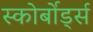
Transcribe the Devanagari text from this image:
स्कोर्बोर्ड्स